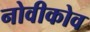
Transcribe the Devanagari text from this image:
नोवीकोव